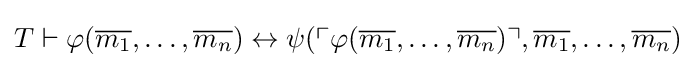
T\vdash \varphi ({\overline {m_{1}}},\dots ,{\overline {m_{n}}})\leftrightarrow \psi (\ulcorner \varphi ({\overline {m_{1}}},\dots ,{\overline {m_{n}}})\urcorner ,{\overline {m_{1}}},\dots ,{\overline {m_{n}}})